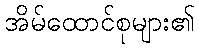
အိမ်ထောင်စုများ၏